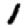
Digit: 1